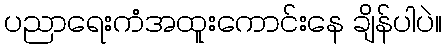
ပညာရေးကံအထူးကောင်းနေ ချိန်ပါပဲ။